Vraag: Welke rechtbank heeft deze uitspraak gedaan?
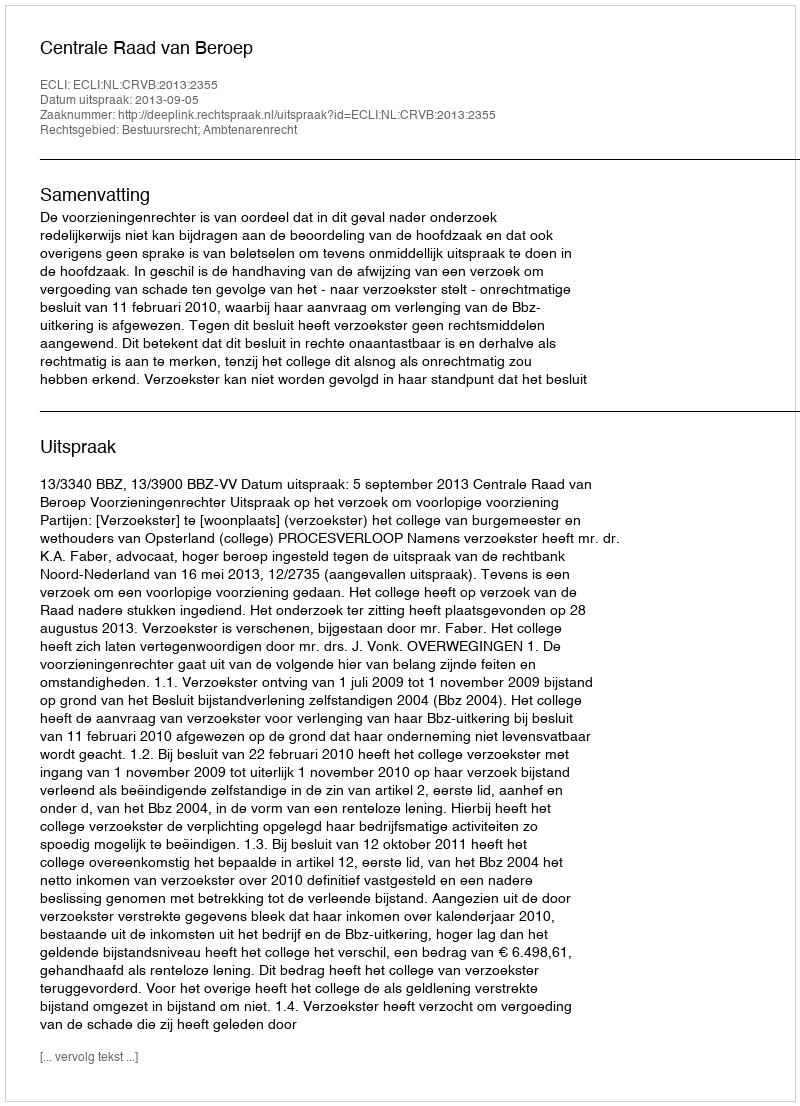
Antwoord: Centrale Raad van Beroep